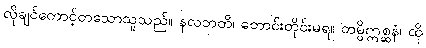
လိုချင်တောင့်တသောသူသည်။ နလဘတိ၊ တောင်းတိုင်းမရ။ တမ္ပိဣစ္ဆနံ၊ ထို